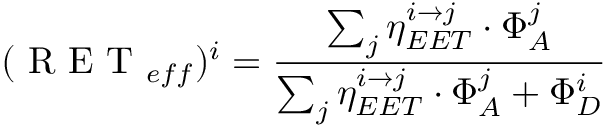
( \mathrm { ~ R ~ E ~ T ~ } _ { e f f } ) ^ { i } = \frac { \sum _ { j } \eta _ { E E T } ^ { i \to j } \cdot \Phi _ { A } ^ { j } } { \sum _ { j } \eta _ { E E T } ^ { i \to j } \cdot \Phi _ { A } ^ { j } + \Phi _ { D } ^ { i } }